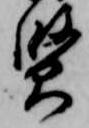
賢